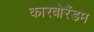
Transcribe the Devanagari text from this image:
कारबोरैंडम